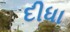
દીધા